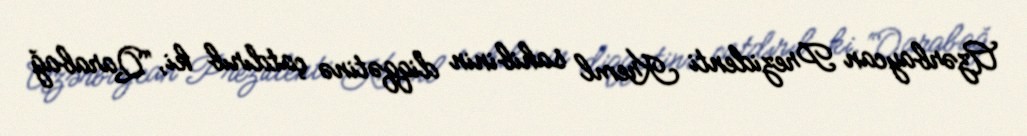
Azərbaycan Prezidenti Kreml sahibinin diqqətinə çatdırıb ki, “Qarabağ